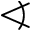
\sphericalangle